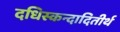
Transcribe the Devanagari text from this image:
दधिस्कन्दादितीर्थ